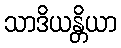
သာဒိယန္တိယာ